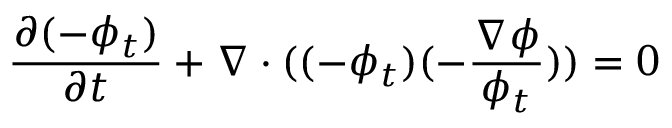
\frac { \partial ( - \phi _ { t } ) } { \partial t } + \nabla \cdot ( ( - \phi _ { t } ) ( - \frac { \nabla \phi } { \phi _ { t } } ) ) = 0